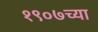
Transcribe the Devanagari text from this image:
१९०७च्या